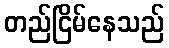
တည်ငြိမ်နေသည်